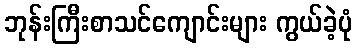
ဘုန်းကြီးစာသင်ကျောင်းများ ကွယ်ခဲ့ပုံ